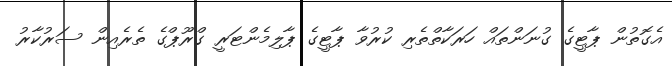
އެގޮތުން ޕާޓީގެ ގުނަންތައް ހަރަކާތްތެރި ކުރުވާ ޕާޓީގެ ޕާލިމެންޓަރީ ގްރޫޕްގެ ތެރެއިން ސަރުކާރު